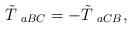
LaTeX: \begin{align*}\tilde{T}_{\;\;aBC}=-\tilde{T}_{\;\;aCB},\end{align*}